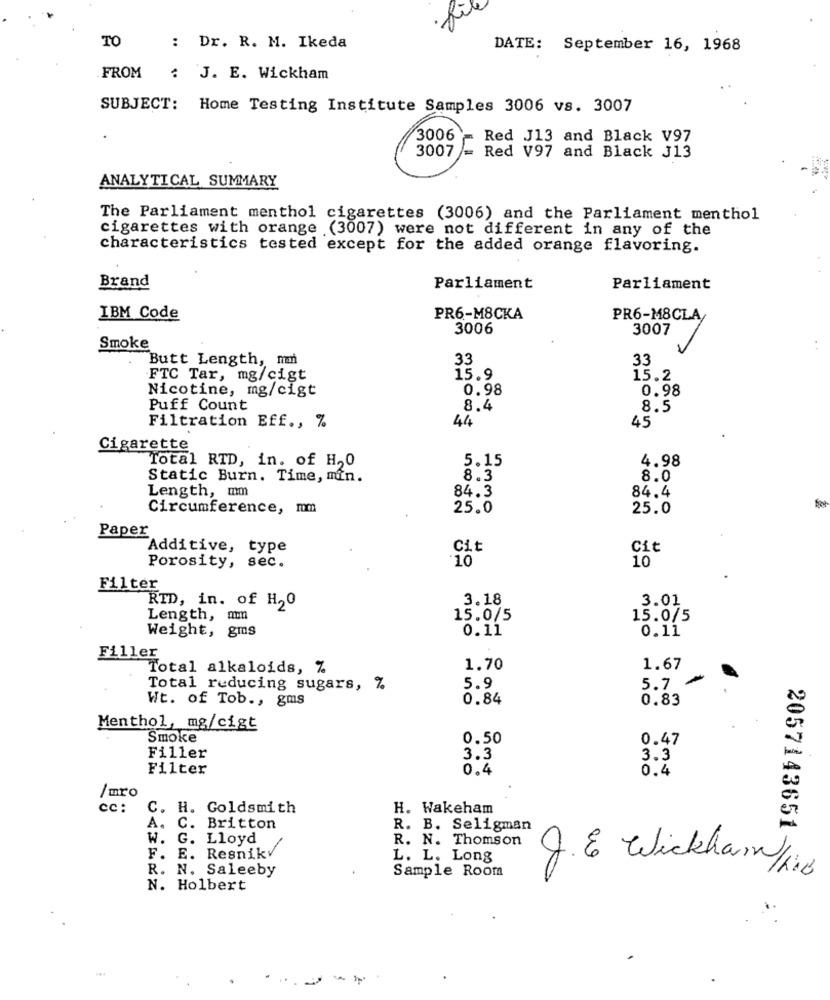
TO
: Dr. R. M. Ikeda
DATE: September 16, 1968
FROM
:
J. E. Wickham
SUBJECT: Home Testing Institute Samples 3006 vs. 3007
3006 - Red J13 and Black V97
3007 = Red V97 and Black J13
ANALYTICAL SUMMARY
The Parliament menthol cigarettes (3006) and the Parliament menthol
cigarettes with orange (3007) were not different in any of the
characteristics tested except for the added orange flavoring.
Brand
Parliament
Parliament
IBM Code
PR6-M8CKA
PR6-M8CLA/
3006
3007
Smoke
Butt Length, mm
33
33
FTC Tar, mg/cigt
15.9
15.2
Nicotine, mg/cigt
0.98
0.98
Puff Count
8.4
8.5
44
45
Filtration Eff ., %
Cigarette
Total RTD, in. of H,0
5.15
4.98
Static Burn. Time, min.
8.3
8.0
Length, mm
84.3
84.4
Circumference, mm
25.0
25.0
Paper
Additive, type
Cit
Cit
Porosity, sec.
10
10
Filter
3.18
3.01
RTD, in. of H20
Length,
15.0/5
15.0/5
Weight, gms
0.11
0.11
Filler
Total alkaloids, %
1.70
1.67
5.7 -
Total reducing sugars, %
5.9
Wt. of Tob ., gms
0.84
0.83
Menthol, mg/cigt
Smoke
0.50
0.47
Filler
3.3
3.3
Filter
0.4
0.4
/mro
cc :
C. H. Goldsmith
H. Wakeham
A. C.
Britton
R. B. Seligman
2057143651
W. G.
Lloyd
R. N. Thomson
F. E. Resnikv
L. L. Long
R. N. Saleeby
Sample Room
J. E Wickhamn/kie
N. Holbert